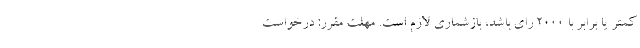
کمتر یا برابر با 2000 رای باشد، بازشماری لازم است. مهلت مقرر: درخواست